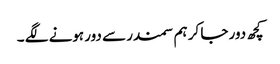
کچھ دور جا کر ہم سمندر سے دور ہونے لگے ۔